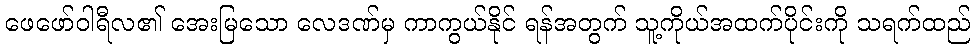
ဖေဖော်ဝါရီလ၏ အေးမြသော လေဒဏ်မှ ကာကွယ်နိုင် ရန်အတွက် သူ့ကိုယ်အထက်ပိုင်းကို သရက်ထည်